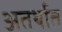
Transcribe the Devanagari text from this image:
अतर्थात